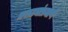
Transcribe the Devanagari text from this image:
मराठ्यांप्रमाणे